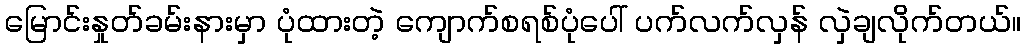
မြောင်းနှုတ်ခမ်းနားမှာ ပုံထားတဲ့ ကျောက်စရစ်ပုံပေါ် ပက်လက်လှန် လှဲချလိုက်တယ်။